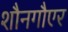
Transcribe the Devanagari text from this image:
शौनगौएर